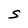
Character: S